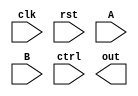
// <Student_ID> <Name>

// e.g. 109012345 
// Add your ID and name to FIRST line of file, or you will get 5 points penalty

`define WIDTH 8

module exam1_A(
    input wire clk,
    input wire rst,
    input wire [`WIDTH-1:0] A,
    input wire [`WIDTH-1:0] B,
    input wire [1:0] ctrl,
    output reg [`WIDTH*2-1:0] out // You can modify "reg" to "wire" if needed
);
    //Your design here

endmodule


// You can add any module you need.
// Make sure you include all modules you used in this problem.